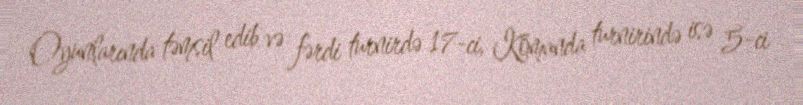
Oyunlarında təmsil edib və fərdi turnirdə 17-ci, Komanda turnirində isə 5-ci